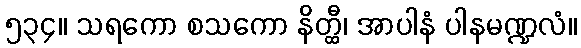
၅၃၄။ သရကော စသကော နိတ္ထီ၊ အာပါနံ ပါနမဏ္ဍလံ။